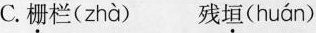
C.栅栏( zhà ) 残垣( huán )